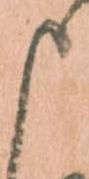
申